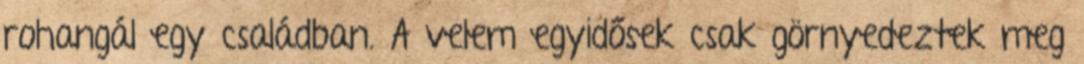
rohangál egy családban. A velem egyidősek csak görnyedeztek meg